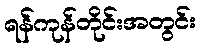
ရန်ကုန်တိုင်းအတွင်း